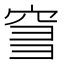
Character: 𥥨